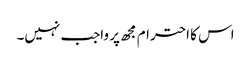
اس کا احترام مجھ پر واجب نہیں۔